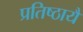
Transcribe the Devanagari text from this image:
प्रतिष्ठायै